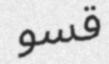
قسو